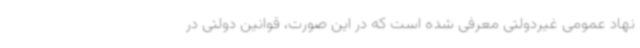
نهاد عمومی غیردولتی معرفی شده است که در این صورت، قوانین دولتی در